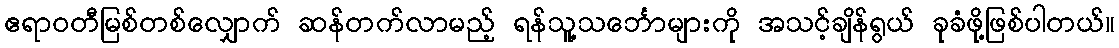
ဧရာဝတီမြစ်တစ်လျှောက် ဆန်တက်လာမည့် ရန်သူ့သင်္ဘောများကို အသင့်ချိန်ရွယ် ခုခံဖို့ဖြစ်ပါတယ်။